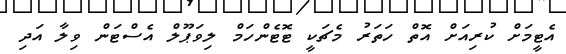
އެޓީމަށް ކުރިއަށް އޮތް ހަަތަރު މެޗަކީ ޓޮޓެންހަމް ލިވަޕޫލް އެސްޓަން ވިލާ އަދި